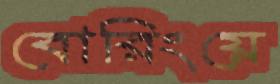
বোরিংয়ে